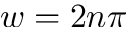
w = 2 n \pi